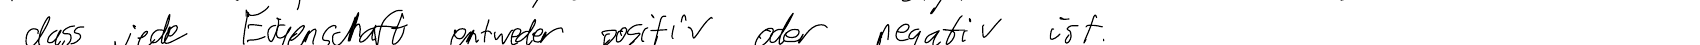
dass jede Eigenschaft entweder positiv oder negativ ist.